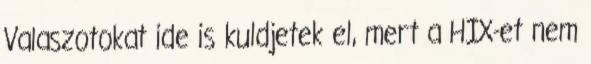
Valaszotokat ide is kuldjetek el, mert a HIX-et nem